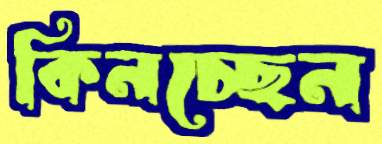
কিনচ্ছেন